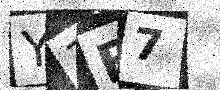
Text: Y3E7